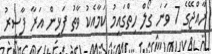
ރާއްޖޭގެ 7 ވަނަ ގޯލް ހިތްގައިމު ކަމާއެކު ވާތު ފަޅިން އަރާ ފާސިރު